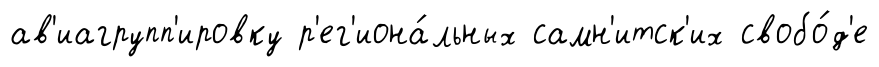
ав'иагрупп'ировку р'ег'иона́льных самн'итск'их свобо́д'е